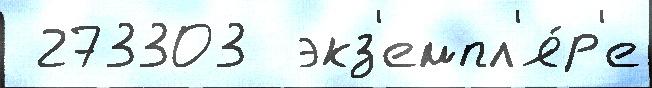
 273303  экз'емпл'я́р'е